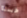
حسنا